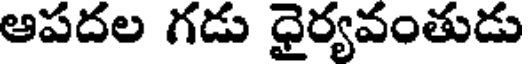
ఆపదల గడు ధైర్యవంతుడు